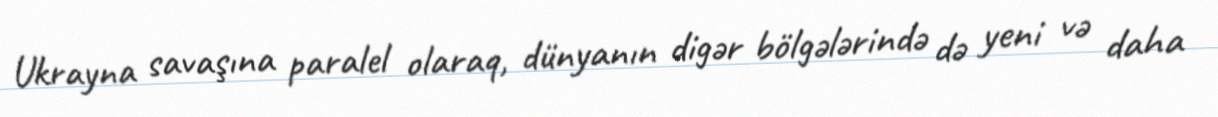
Ukrayna savaşına paralel olaraq, dünyanın digər bölgələrində də yeni və daha